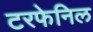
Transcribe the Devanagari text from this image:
टरफेनिल